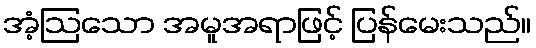
အံ့ဩသော အမူအရာဖြင့် ပြန်မေးသည်။